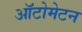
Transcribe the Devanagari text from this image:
ऑटोमेटन